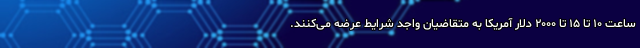
ساعت ۱۰ تا ۱۵ تا ۲۰۰۰ دلار آمریکا به متقاضیان واجد شرایط عرضه می‌کنند.